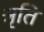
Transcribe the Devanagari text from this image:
श्रृति